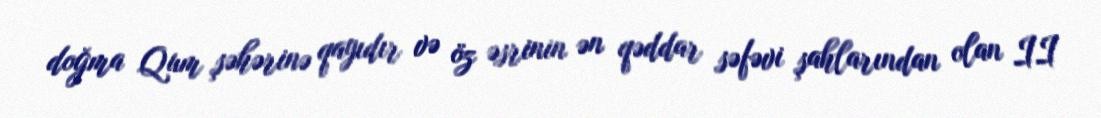
doğma Qum şəhərinə qayıdır və öz əsrinin ən qəddar səfəvi şahlarından olan II